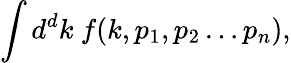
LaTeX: \int d^{d}k\ f(k,p_{1},p_{2}\ldots p_{n}),